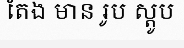
តែង មាន រូប ស្តូប